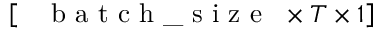
\left[ \mathrm { ~ \texttt ~ { ~ b ~ a ~ t ~ c ~ h ~ \_ ~ s ~ i ~ z ~ e ~ } ~ } \times T \times 1 \right]